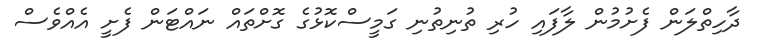
ދާހިތްލަން ފެށުމުން ލާފައި ހުރި ތުނިތުނި ގަމީސްކޮޅުގެ ގޮށްތައް ނައްޓަން ފެށީ އެއްވެސް